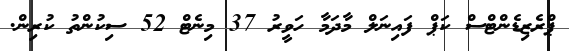
ޕްރެޒިޑެންޓްސް ކަޕް ފައިނަލް މާދަމާ ހަވީރު 37 މިނެޓް 52 ސިކުންތު ކުރިން.